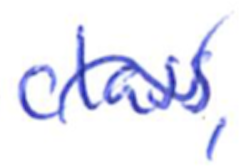
Text: class,
Cross-out: mix
Writing tool: ballpoint